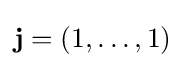
{\textbf {j}}=(1,\dots ,1)